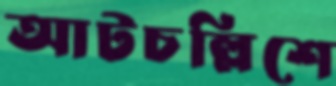
আটচল্লিশে